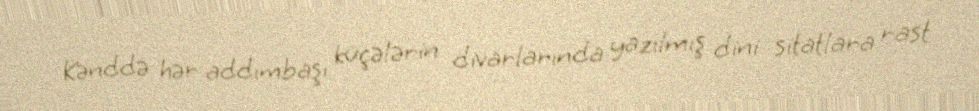
Kənddə hər addımbaşı küçələrin divarlarında yazılmış dini sitatlara rast